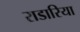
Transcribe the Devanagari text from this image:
राडारिया